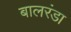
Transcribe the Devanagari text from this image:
बालरंडा